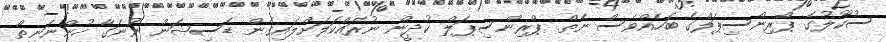
ސުކޫލުގެ ޕްރިންސިޕަލްގެ ބަހެއްވެސް ނެތް. ޕްރިންސިޕަލް ކުދީން ނުރައްކަލަށްލައިގެން ޑެސިޝަން ނުނަގާ ހުންނަނީތޯ